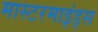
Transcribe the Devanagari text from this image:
मास्टरमाइंड्स